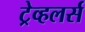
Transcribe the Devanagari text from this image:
ट्रेव्हलर्स